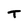
Character: T